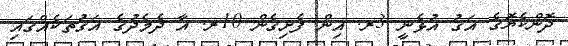
ދޮންކެޔޮގެ އަގު އުޅެނީ 3ރ. އިން ފެށިގެން 10ރ. އާ ދެމެދުގެ އަގުތަކެއްގައި